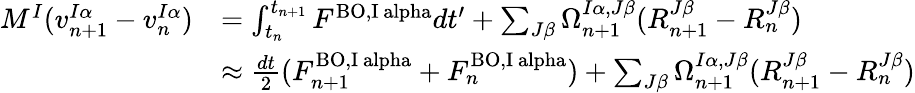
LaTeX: \begin{array}{rl}{M^{I}(v_{n+1}^{I\alpha}-v_{n}^{I\alpha})}&{=\int_{t_{n}}^{t_{n+1}}F^{\mathrm{BO,I\ alpha}}dt^{\prime}+\sum_{J\beta}\Omega_{n+1}^{I\alpha,J\beta}(R_{n+1}^{J\beta}-R_{n}^{J\beta})}\\ &{\approx\frac{dt}{2}(F_{n+1}^{\mathrm{BO,I\ alpha}}+F_{n}^{\mathrm{BO,I\ alpha}})+\sum_{J\beta}\Omega_{n+1}^{I\alpha,J\beta}(R_{n+1}^{J\beta}-R_{n}^{J\beta})}\end{array}